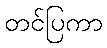
တင်ပြကာ